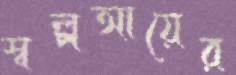
স্বল্পআয়ের